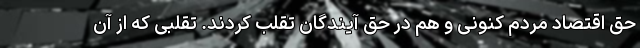
حق اقتصاد مردم کنونی و هم در حق آیندگان تقلب کردند. تقلبی که از آن